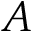
A